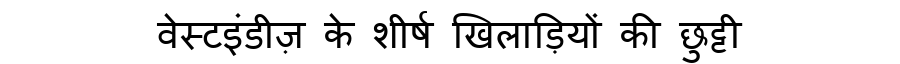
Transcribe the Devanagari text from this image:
वेस्टइंडीज़ के शीर्ष खिलाड़ियों की छुट्टी